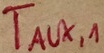
Text: TAUX,1